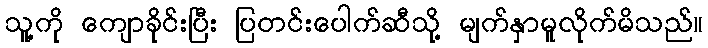
သူ့ကို ကျောခိုင်းပြီး ပြတင်းပေါက်ဆီသို့ မျက်နှာမူလိုက်မိသည်။